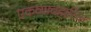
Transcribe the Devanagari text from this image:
एकव्यावहारिक